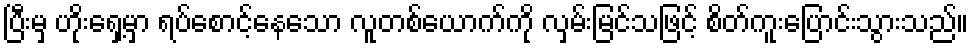
ပြီးမှ ဟိုးရှေ့မှာ ရပ်စောင့်နေသော လူတစ်ယောက်ကို လှမ်းမြင်သဖြင့် စိတ်ကူးပြောင်းသွားသည်။